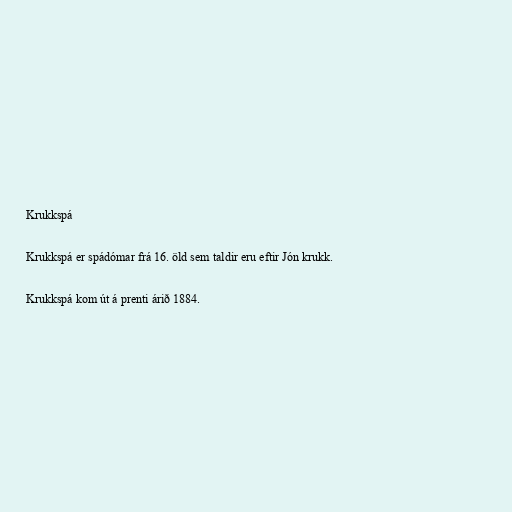
Krukkspá

Krukkspá er spádómar frá 16. öld sem taldir eru eftir Jón krukk.

Krukkspá kom út á prenti árið 1884.